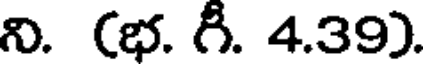
ని. (భ. గీ. 4.39).